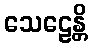
သေဠေန္တိ